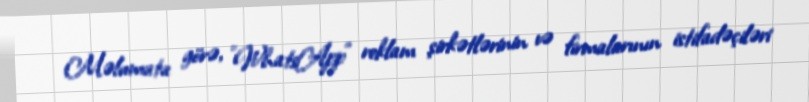
Məlumata görə, "WhatsApp" reklam şirkətlərinin və firmalarının istifadəçiləri